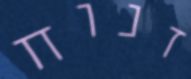
זנוח